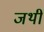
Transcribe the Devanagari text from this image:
जथी